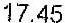
17.45